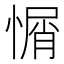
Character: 𢞜